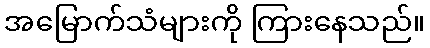
အမြောက်သံများကို ကြားနေသည်။